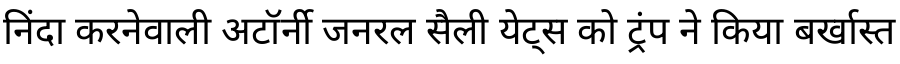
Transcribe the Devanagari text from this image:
निंदा करनेवाली अटॉर्नी जनरल सैली येट्स को ट्रंप ने किया बर्खास्त